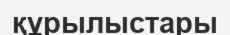
құрылыстары